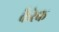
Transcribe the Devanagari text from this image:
कैरेक